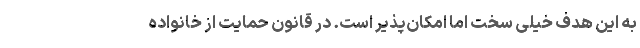
به این هدف خیلی سخت اما امکان‌پذیر است. در قانون حمایت از خانواده